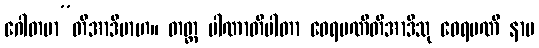
ဂေါတမာ”တိအာဒိမာဟ။ တတ္ထ ပါဏာတိပါတာ ဝေရမဏီတိအာဒီသု ဝေရမဏီ နာမ